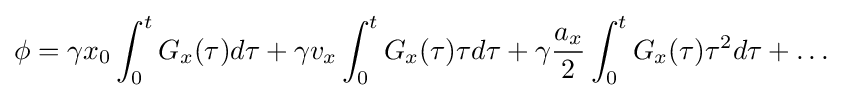
\phi =\gamma x_{0}\int _{0}^{t}G_{x}(\tau )d\tau +\gamma v_{x}\int _{0}^{t}G_{x}(\tau )\tau d\tau +\gamma {\frac {a_{x}}{2}}\int _{0}^{t}G_{x}(\tau )\tau ^{2}d\tau +\ldots